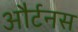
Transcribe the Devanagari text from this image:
और्टनस